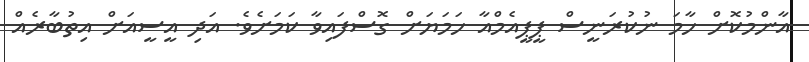
އާންމުކޮށް ހާމަ ނުކުރަނީސް ޕީޕީއެމްއާ ހަމަޔަށް ގޮސްފައިވާ ކަމަށެވެ. އަދި އީސީއަށް އިތުބާރެއް